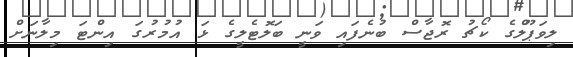
ލިވަޕޫލްގެ ކޯޗު ރޮޖާސް ބުނެފައި ވަނީ ބަލޮޓެލީގެ ޅަ އުމުރުގަ އިންޓަ މިލާނަށް